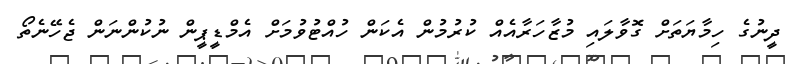
ދީނުގެ ހިމާޔަތަށް ގޮވާލައި މުޒާހަރާއެއް ކުރުމުން އެކަން ހުއްޓުވުމަށް އެމްޑީޕީން ނުކުންނަން ޖެހޭނެތޯ